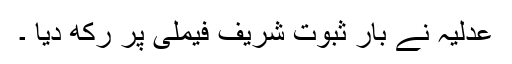
عدلیہ نے بار ثبوت شریف فیملی پر رکھ دیا ۔